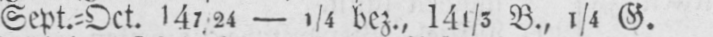
Sept.⸗Oct. 147/24-1/4 bez., 141/5 B., 1/4 G.